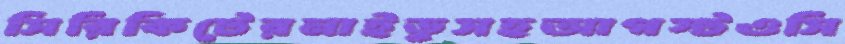
সিরিকিটেরনাইডুসহআগস্টওসি